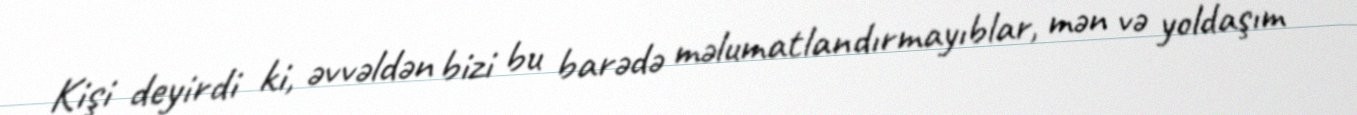
Kişi deyirdi ki, əvvəldən bizi bu barədə məlumatlandırmayıblar, mən və yoldaşım